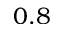
0 . 8